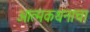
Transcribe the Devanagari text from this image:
आत्मकथनाचा